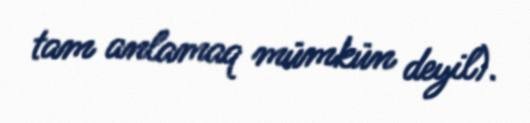
tam anlamaq mümkün deyil).